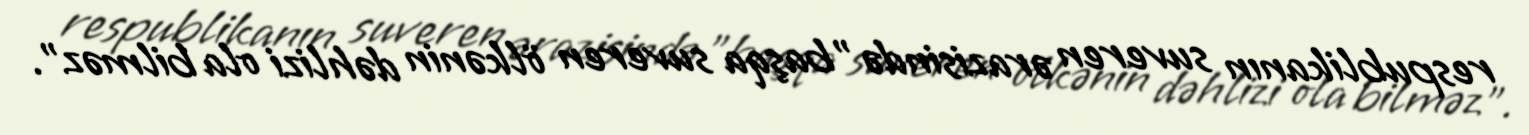
respublikanın suveren ərazisində "başqa suveren ölkənin dəhlizi ola bilməz".